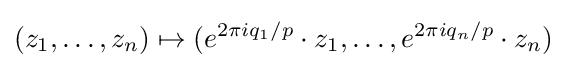
(z_{1},\ldots ,z_{n})\mapsto (e^{2\pi iq_{1}/p}\cdot z_{1},\ldots ,e^{2\pi iq_{n}/p}\cdot z_{n})